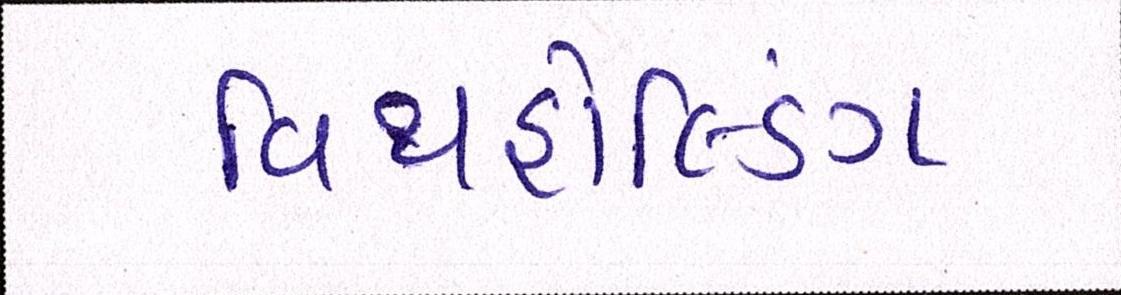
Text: વિથહોલ્ડિંગ